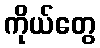
ကိုယ်တွေ